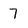
Character: 7